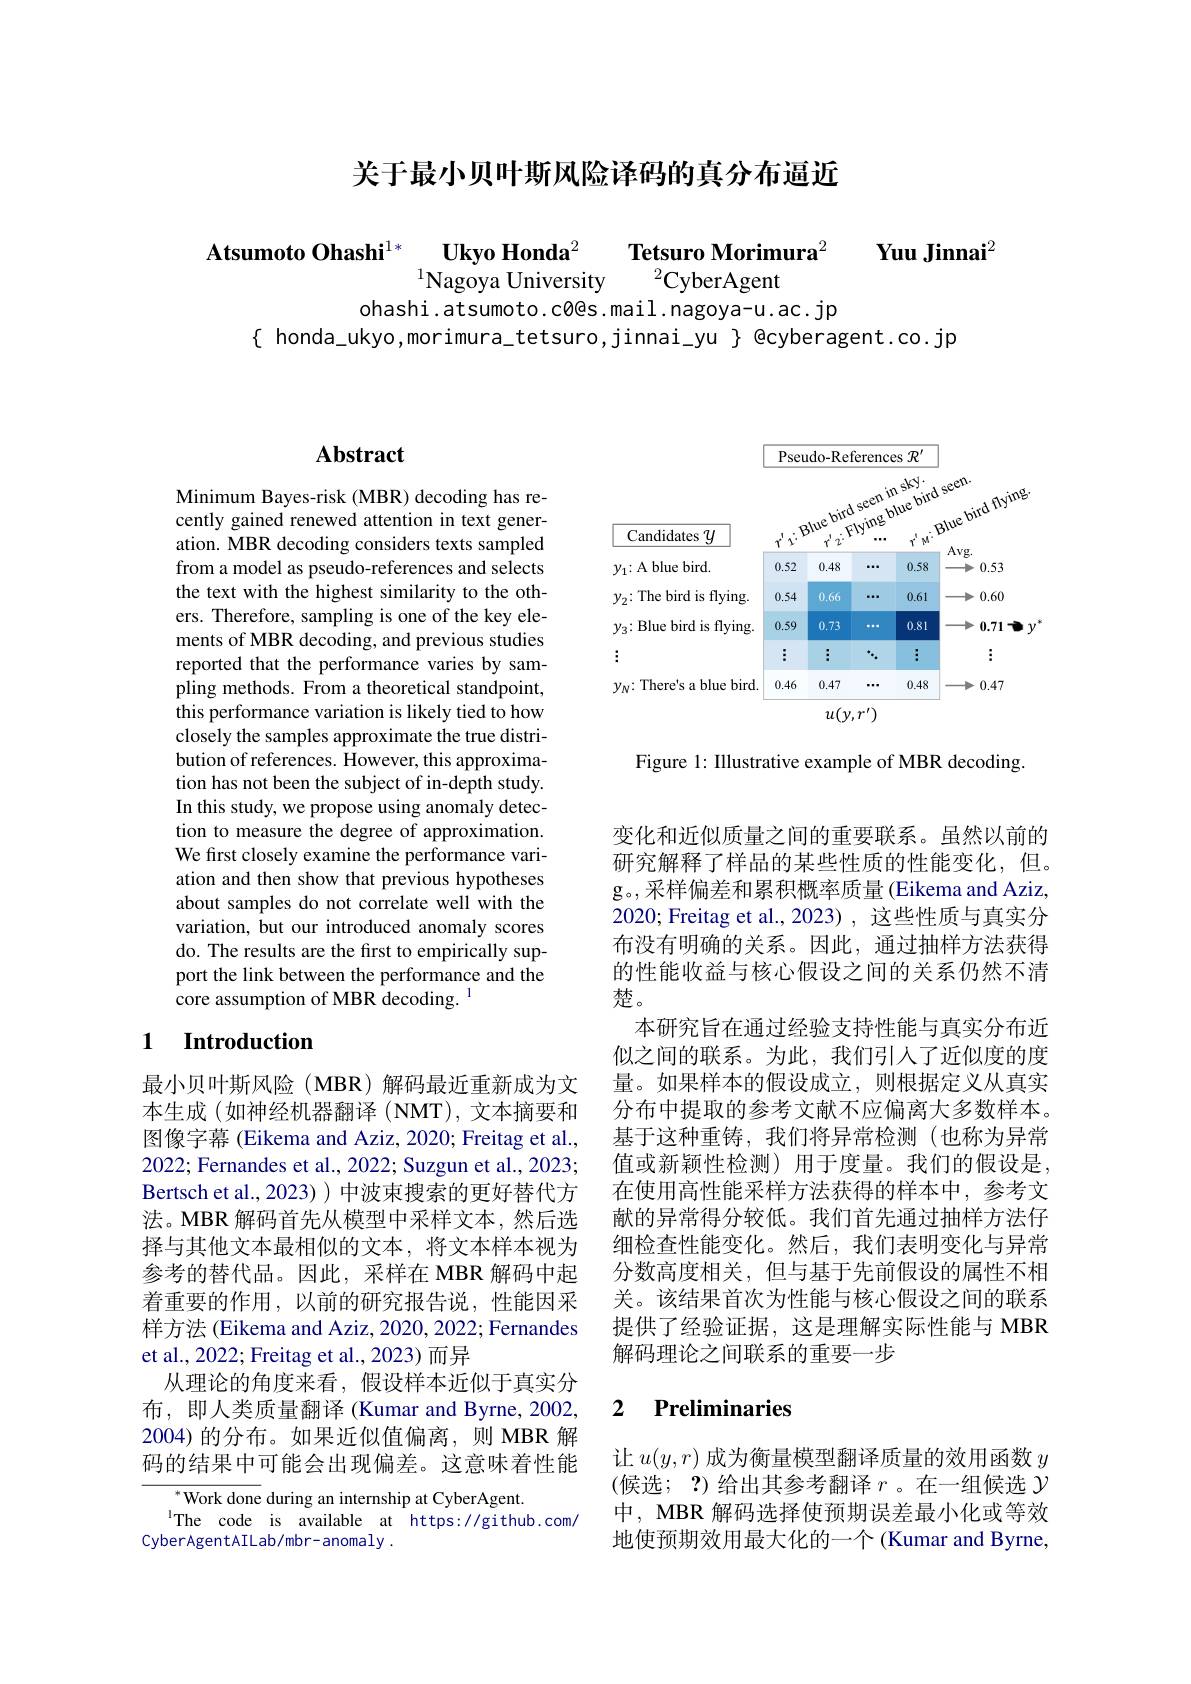
关于最小贝叶斯风险译码的真分布逼近

$\textbf{Atsumoto Ohashi}^{1* }\underset {1\text{Nagoya University}}{\operatorname* { \operatorname* { \textbf{Ukyo Honda}} } }^{2}\textbf{ Tetsuro Morimura}^{2}$ $\textbf{Yuu Jinnai}^{2}$
ohashi.atsumoto.c0@s.mail.nagoya-u.ac.jp
$\{$ honda\_ukyo,morimura\_tetsuro,jinnai\_yu $\}$ @cyberagent.co.jp

## $\mathbf{Abstract}$

Minimum Bayes-risk (MBR) decoding has recently gained renewed attention in text generation. MBR decoding considers texts sampled from a model as pseudo-references and selects the text with the highest similarity to the others. Therefore, sampling is one of the key elements of MBR decoding, and previous studies reported that the performance varies by sampling methods. From a theoretical standpoint, this performance variation is likely tied to how closely the samples approximate the true distribution of references. However, this approximation has not been the subject of in-depth study. In this study, we propose using anomaly detection to measure the degree of approximation. We first closely examine the performance variation and then show that previous hypotheses about samples do not correlate well with the variation, but our introduced anomaly scores do. The results are the first to empirically support the link between the performance and the core assumption of MBR decoding.

## 1 $\textbf{Introduction}$

最小贝叶斯风险(MBR)解码最近重新成为文本生成(如神经机器翻译(NMT),文本摘要和图像字幕 (Eikema and Aziz, 2020; Freitag et al., 2022; Fernandes et al., 2022; Suzgun et al., 2023; Bertsch et al., 2023) ) 中波束搜索的更好替代方法。MBR 解码首先从模型中采样文本，然后选择与其他文本最相似的文本，将文本样本视为参考的替代品。因此，采样在 MBR 解码中起着重要的作用，以前的研究报告说，性能因采样方法 (Eikema and Aziz, 2020, 2022; Fernandes et al., 2022; Freitag et al., 2023) 而异
从理论的角度来看，假设样本近似于真实分布，即人类质量翻译 (Kumar and Byrne, 2002, 2004)的分布。如果近似值偏离，则 MBR 解码的结果中可能会出现偏差。这意味着性能

$^{*}$Work done during an internship at CyberAgent.
$^{\mathrm{l}}$The code is available at https://github.com/
CyberAgentAILab/mbr-anomaly.

<FigureHere>

Figure 1: Illustrative example of MBR decoding.

变化和近似质量之间的重要联系。虽然以前的研究解释了样品的某些性质的性能变化，但。g。,采样偏差和累积概率质量(Eikema and Aziz, 2020; Freitag et al.,2023) ,这些性质与真实分布没有明确的关系。因此，通过抽样方法获得的性能收益与核心假设之间的关系仍然不清楚。
本研究旨在通过经验支持性能与真实分布近似之间的联系。为此，我们引入了近似度的度量。如果样本的假设成立，则根据定义从真实分布中提取的参考文献不应偏离大多数样本。基于这种重铸，我们将异常检测(也称为异常值或新颖性检测)用于度量。我们的假设是， 在使用高性能采样方法获得的样本中，参考文献的异常得分较低。我们首先通过抽样方法仔细检查性能变化。然后，我们表明变化与异常分数高度相关，但与基于先前假设的属性不相关。该结果首次为性能与核心假设之间的联系提供了经验证据，这是理解实际性能与 MBR 解码理论之间联系的重要一步

### 2 $\textbf{Preliminaries}$

让$u(y,r)$成为衡量模型翻译质量的效用函数$y$ (候选；?) 给出其参考翻译$r$ 。在一组候选$\mathcal{Y}$ 中，MBR 解码选择使预期误差最小化或等效地使预期效用最大化的一个 (Kumar and Byrne,